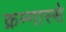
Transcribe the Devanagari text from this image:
क्रम्गास्से